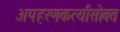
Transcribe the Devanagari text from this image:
अपहरणकर्त्यांसोबत